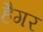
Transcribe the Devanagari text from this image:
हैगर